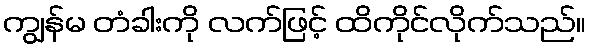
ကျွန်မ တံခါးကို လက်ဖြင့် ထိကိုင်လိုက်သည်။